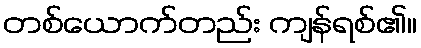
တစ်ယောက်တည်း ကျန်ရစ်၏။